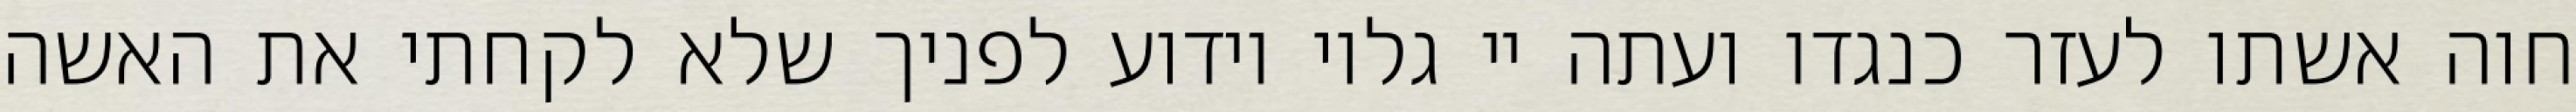
חוה אשתו לעזר כנגדו ועתה יי גלוי וידוע לפניך שלא לקחתי את האשה